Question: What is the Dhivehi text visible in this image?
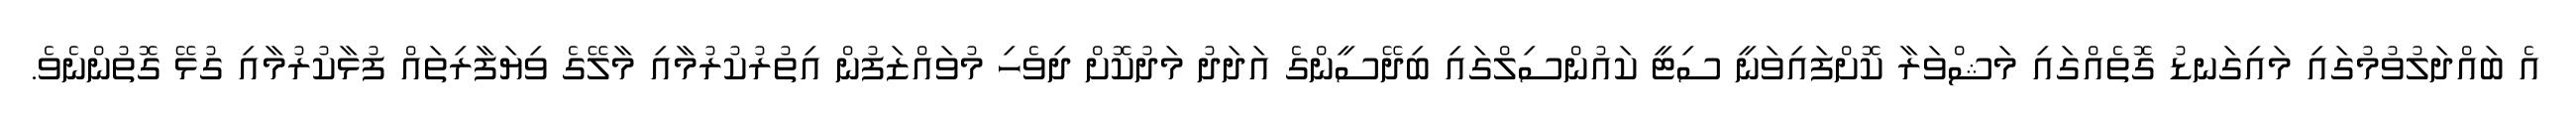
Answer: އެ ބައްދަލުވުމުގައި މައިގަނޑު ގޮތެއްގައި މަޝްވަރާ ކޮށްފައިވަނީ ސިޓީ ކައުންސިލްގައި ބިދޭސީންގެ އަދަދު މަދުކޮށް ދިވެހި މުވައްޒަފުން އިތުރުކުރުމާއި މާލޭގެ ވިޔަފާރިތައް ފުޅާކުރުމާއި ގުޅޭ ގޮތުންނެވެ.